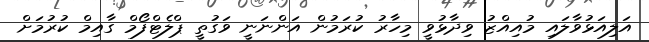
އަލިއަޅުވާލައި މުއިއްޒު ވިދާޅުވީ މިހާރު ކުރަމުން އަންނަނީ ވަގުތީ ޕްލެޓްފޯމް ގާއިމް ކުރުމަށް